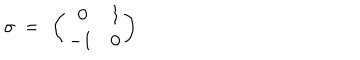
LaTeX: \sigma ~ = ~ \left( \begin{matrix} { { ~ 0 } } & { { 1 } } \\ { { - 1 } } & { { 0 } } \\ \end{matrix} \right)